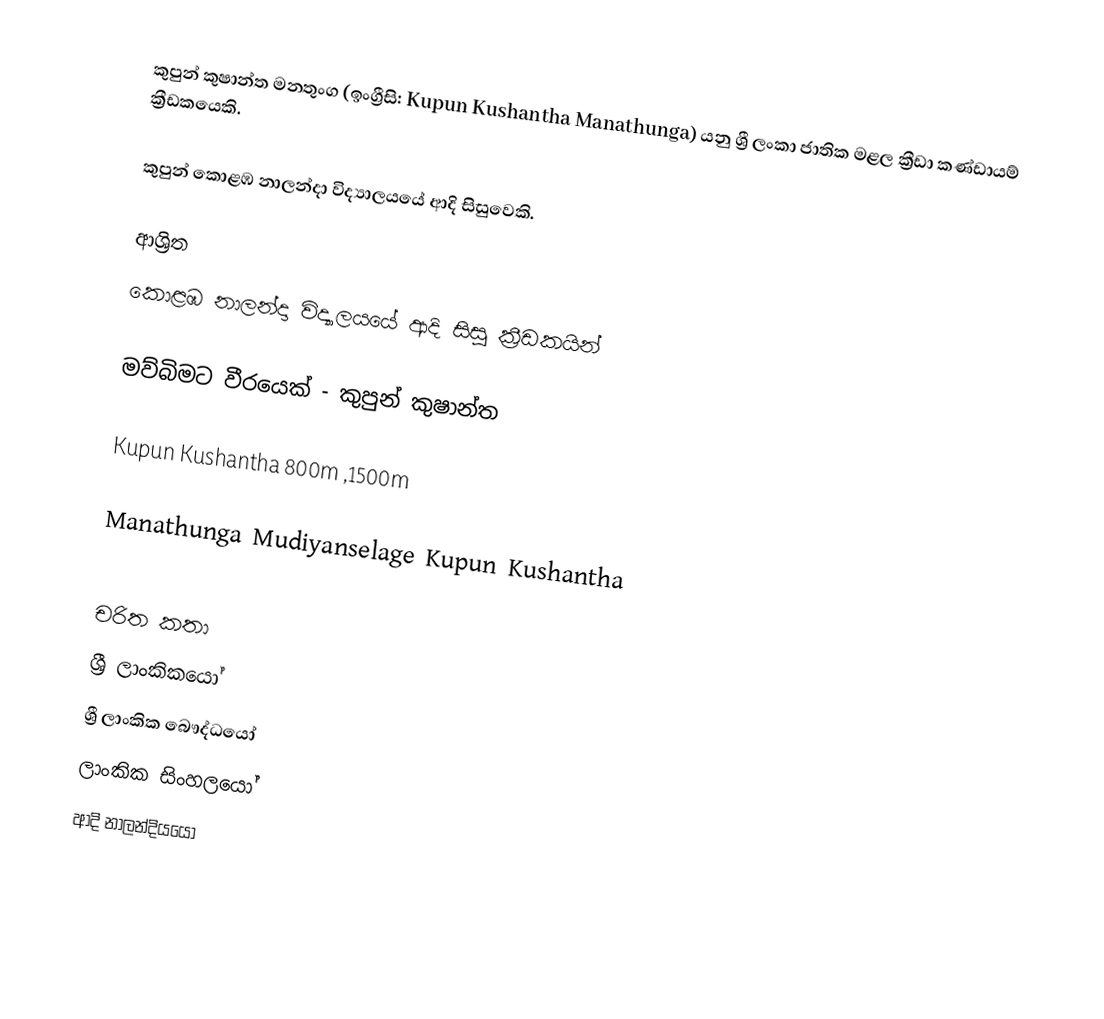
කුපුන් කුෂාන්ත මනතුංග   (ඉංග්‍රීසි: Kupun Kushantha Manathunga)  යනු  ශ්‍රී ලංකා ජාතික මළල ක්‍රීඩා කණ්ඩායම් ක්‍රීඩකයෙකි.

කුපුන්  කොළඹ නාලන්දා විද්‍යාලයයේ ආදි සිසුවෙකි.

ආශ්‍රිත
 කොළඹ නාලන්දා විද්‍යාලයයේ ආදි සිසු ක්‍රීඩකයින්

 මව්බිමට වීරයෙක් - කුපුන් කුෂාන්ත

 Kupun Kushantha 800m ,1500m

 Manathunga Mudiyanselage Kupun Kushantha

චරිත කතා
ශ්‍රී ලාංකිකයෝ
ශ්‍රී ලාංකික බෞද්ධයෝ
ලාංකික සිංහලයෝ
ආදි නාලන්දියයෝ